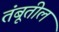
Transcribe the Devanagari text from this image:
तंबूतील